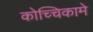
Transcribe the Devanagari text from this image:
कोच्चिकामे